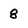
Character: 8